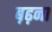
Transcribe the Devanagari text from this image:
ब़ढ़ना